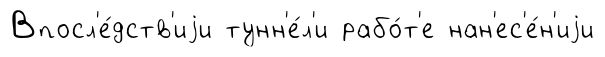
Впосл'е́дств'иjи тунн'е́л'и рабо́т'е нан'ес'е́н'иjи